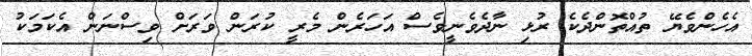
އެހެންވެޔޭ ތުއްތޮންދެކެ ރުޅި ނާދެވެނީވެސް އަހަރެން މެރީ ކުރަން ވަރަށް ވިސްނަން އެކަމަކު